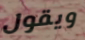
ويقول